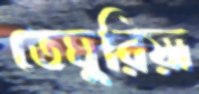
তেঘুরিয়া